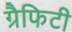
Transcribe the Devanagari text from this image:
ग्रैफिटी